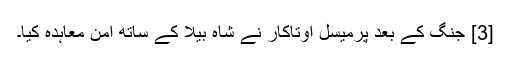
[3] جنگ کے بعد پرمیسل اوتاکار نے شاہ بیلا کے ساتھ امن معاہدہ کیا۔